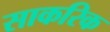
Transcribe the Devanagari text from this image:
साकरिक